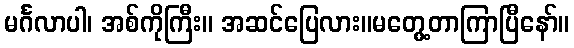
မင်္ဂလာပါ၊ အစ်ကိုကြီး။ အဆင်ပြေလား။မတွေ့တာကြာပြီနော်။